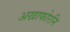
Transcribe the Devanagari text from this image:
अखाफोरनि